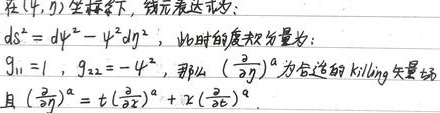
在 \((\psi, \eta)\) 坐标系下，线元表达式为：
\[ds^{2}=d\psi^{2}-\psi^{2}d\eta^{2}\]
此时的度规分量为：\(g_{11}=1\)，\(g_{22}=-\psi^{2}\)，那么 \((\frac{\partial}{\partial\eta})^{\alpha}\) 为合适的 Killing 矢量场且 \((\frac{\partial}{\partial\eta})^{\alpha}=t(\frac{\partial}{\partial t})^{\alpha}+\chi(\frac{\partial}{\partial\chi})^{\alpha}\)。